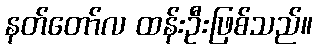
နတ်တော်လ ထန်းဦးဖြစ်သည်။